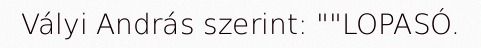
Vályi András szerint: ""LOPASÓ.